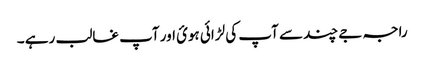
راجہ جے چند سے آپ کی لڑائی ہوئ اور آپ غالب رہے ۔